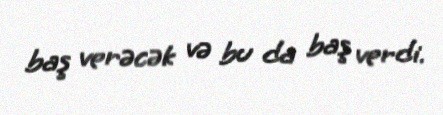
baş verəcək və bu da baş verdi.